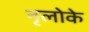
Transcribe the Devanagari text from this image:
नृलोके